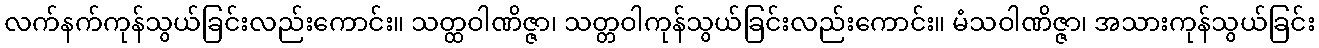
လက်နက်ကုန်သွယ်ခြင်းလည်းကောင်း။ သတ္ထဝါဏိဇ္ဇာ၊ သတ္တဝါကုန်သွယ်ခြင်းလည်းကောင်း။ မံသဝါဏိဇ္ဇာ၊ အသားကုန်သွယ်ခြင်း